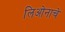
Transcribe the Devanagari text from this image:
लिओनाचे